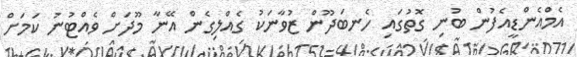
އެމްއެންޑީއެފުން ބުނި ގޮތުގައި ހެނބަދޫން ޒުވާނަކު ގެއްލިގެން އޭނާ މޫދަށް ވެއްޓުނު ކަމަށް